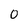
Character: 0